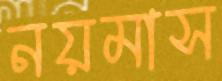
নয়মাস